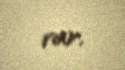
var.